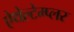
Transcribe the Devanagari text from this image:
ऐथेल्टेम्प्लर